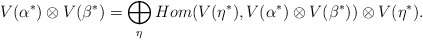
\begin{align*}V(\alpha^*)\otimes V(\beta^*) = \bigoplus_{\eta} Hom(V(\eta^*), V(\alpha^*)\otimes V(\beta^*))\otimes V(\eta^*).\\\end{align*}